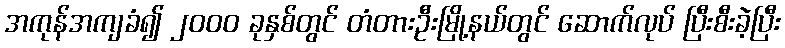
အကုန်အကျခံ၍ ၂၀၀၀ ခုနှစ်တွင် တံတားဦးမြို့နယ်တွင် ဆောက်လုပ် ပြီးစီးခဲ့ပြီး